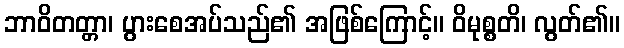
ဘာဝိတတ္တာ၊ ပွားစေအပ်သည်၏ အဖြစ်ကြောင့်။ ဝိမုစ္စတိ၊ လွတ်၏။